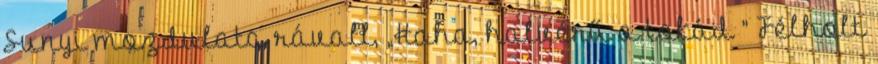
Sunyi mozdulata rávall, „Haha, halvérű a tokád ” Félholt